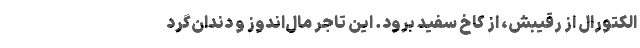
الکتورال از رقیبش، از کاخ سفید برود. این تاجر مال‌اندوز و دندان‌گِرد